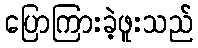
ပြောကြားခဲ့ဖူးသည်